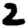
Digit: 2